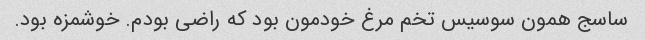
ساسج همون سوسیس تخم مرغ خودمون بود که راضی بودم. خوشمزه بود.